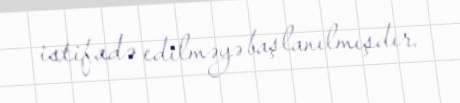
istifadə edilməyə başlanılmışdır.